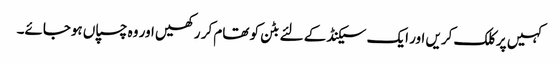
کہیں پر کلک کریں اور ایک سیکنڈ کے لئے بٹن کو تھام کر رکھیں اور وہ چسپاں ہوجائے۔